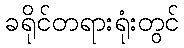
ခရိုင်တရားရုံးတွင်